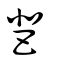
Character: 𩇯